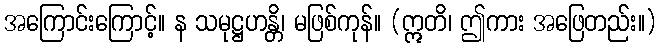
အကြောင်းကြောင့်။ န သမုဋ္ဌဟန္တိ၊ မဖြစ်ကုန်။ (ဣတိ၊ ဤကား အဖြေတည်း။)